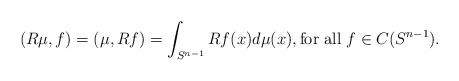
LaTeX: \begin{align*}(R\mu, f)=(\mu, Rf)=\int_{S^{n-1}} Rf(x) d\mu(x),\hbox{for all}\; f\in C(S^{n-1}).\end{align*}